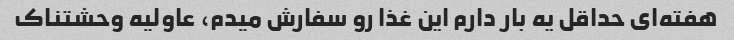
هفته‌ای حداقل یه بار دارم این غذا رو سفارش میدم، عاولیه وحشتناک